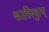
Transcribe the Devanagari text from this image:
कासिकुए